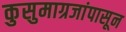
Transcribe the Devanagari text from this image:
कुसुमाग्रजांपासून